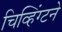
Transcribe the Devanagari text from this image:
चिव्हिंग्टने